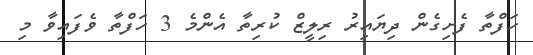
ހަފްތާ ފެށިގެން ދިޔައިރު ރިލީޒް ކުރިތާ އެންމެ 3 ހަފްތާ ވެފައިވާ މި